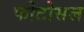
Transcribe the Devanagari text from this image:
फोटोसल